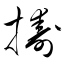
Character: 擣